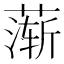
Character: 𬞋